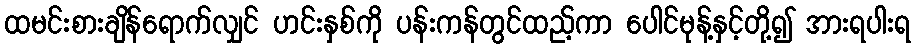
ထမင်းစားချိန်ရောက်လျှင် ဟင်းနှစ်ကို ပန်းကန်တွင်ထည့်ကာ ပေါင်မုန့်နှင့်တို့၍ အားရပါးရ